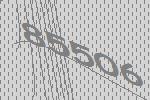
85506